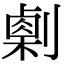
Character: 𠟫